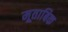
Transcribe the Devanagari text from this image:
मूताबिक